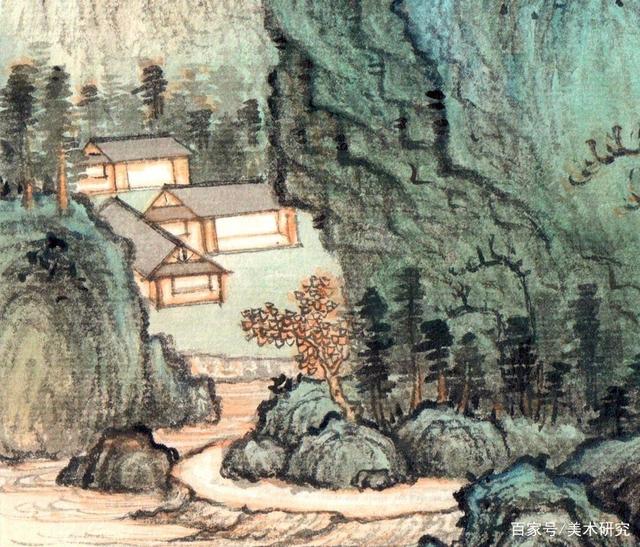
始怜幽竹山窗下，不改清阴待我归。